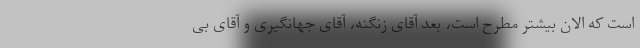
است که الان بیشتر مطرح است، بعد آقای زنگنه، آقای جهانگیری و آقای بی